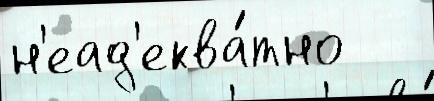
н'еад'еква́тно